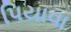
પિયાવા